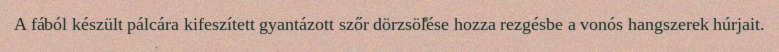
A fából készült pálcára kifeszített gyantázott szőr dörzsölése hozza rezgésbe a vonós hangszerek húrjait.